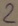
Text: 2